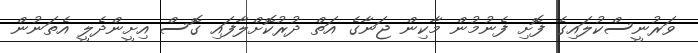
ވަރުނީސްކުލައިގެ ފޮށި ފެނުމުން މާކިން ޖަނާގެ އަތް ދުރުކޮށްލާފައި ގޮސް އިށީންދެލީ އެތަނުން